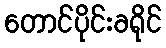
တောင်ပိုင်းခရိုင်